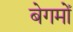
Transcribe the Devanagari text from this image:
बेगमोँ